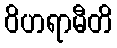
ဝိဟရာမီတိ